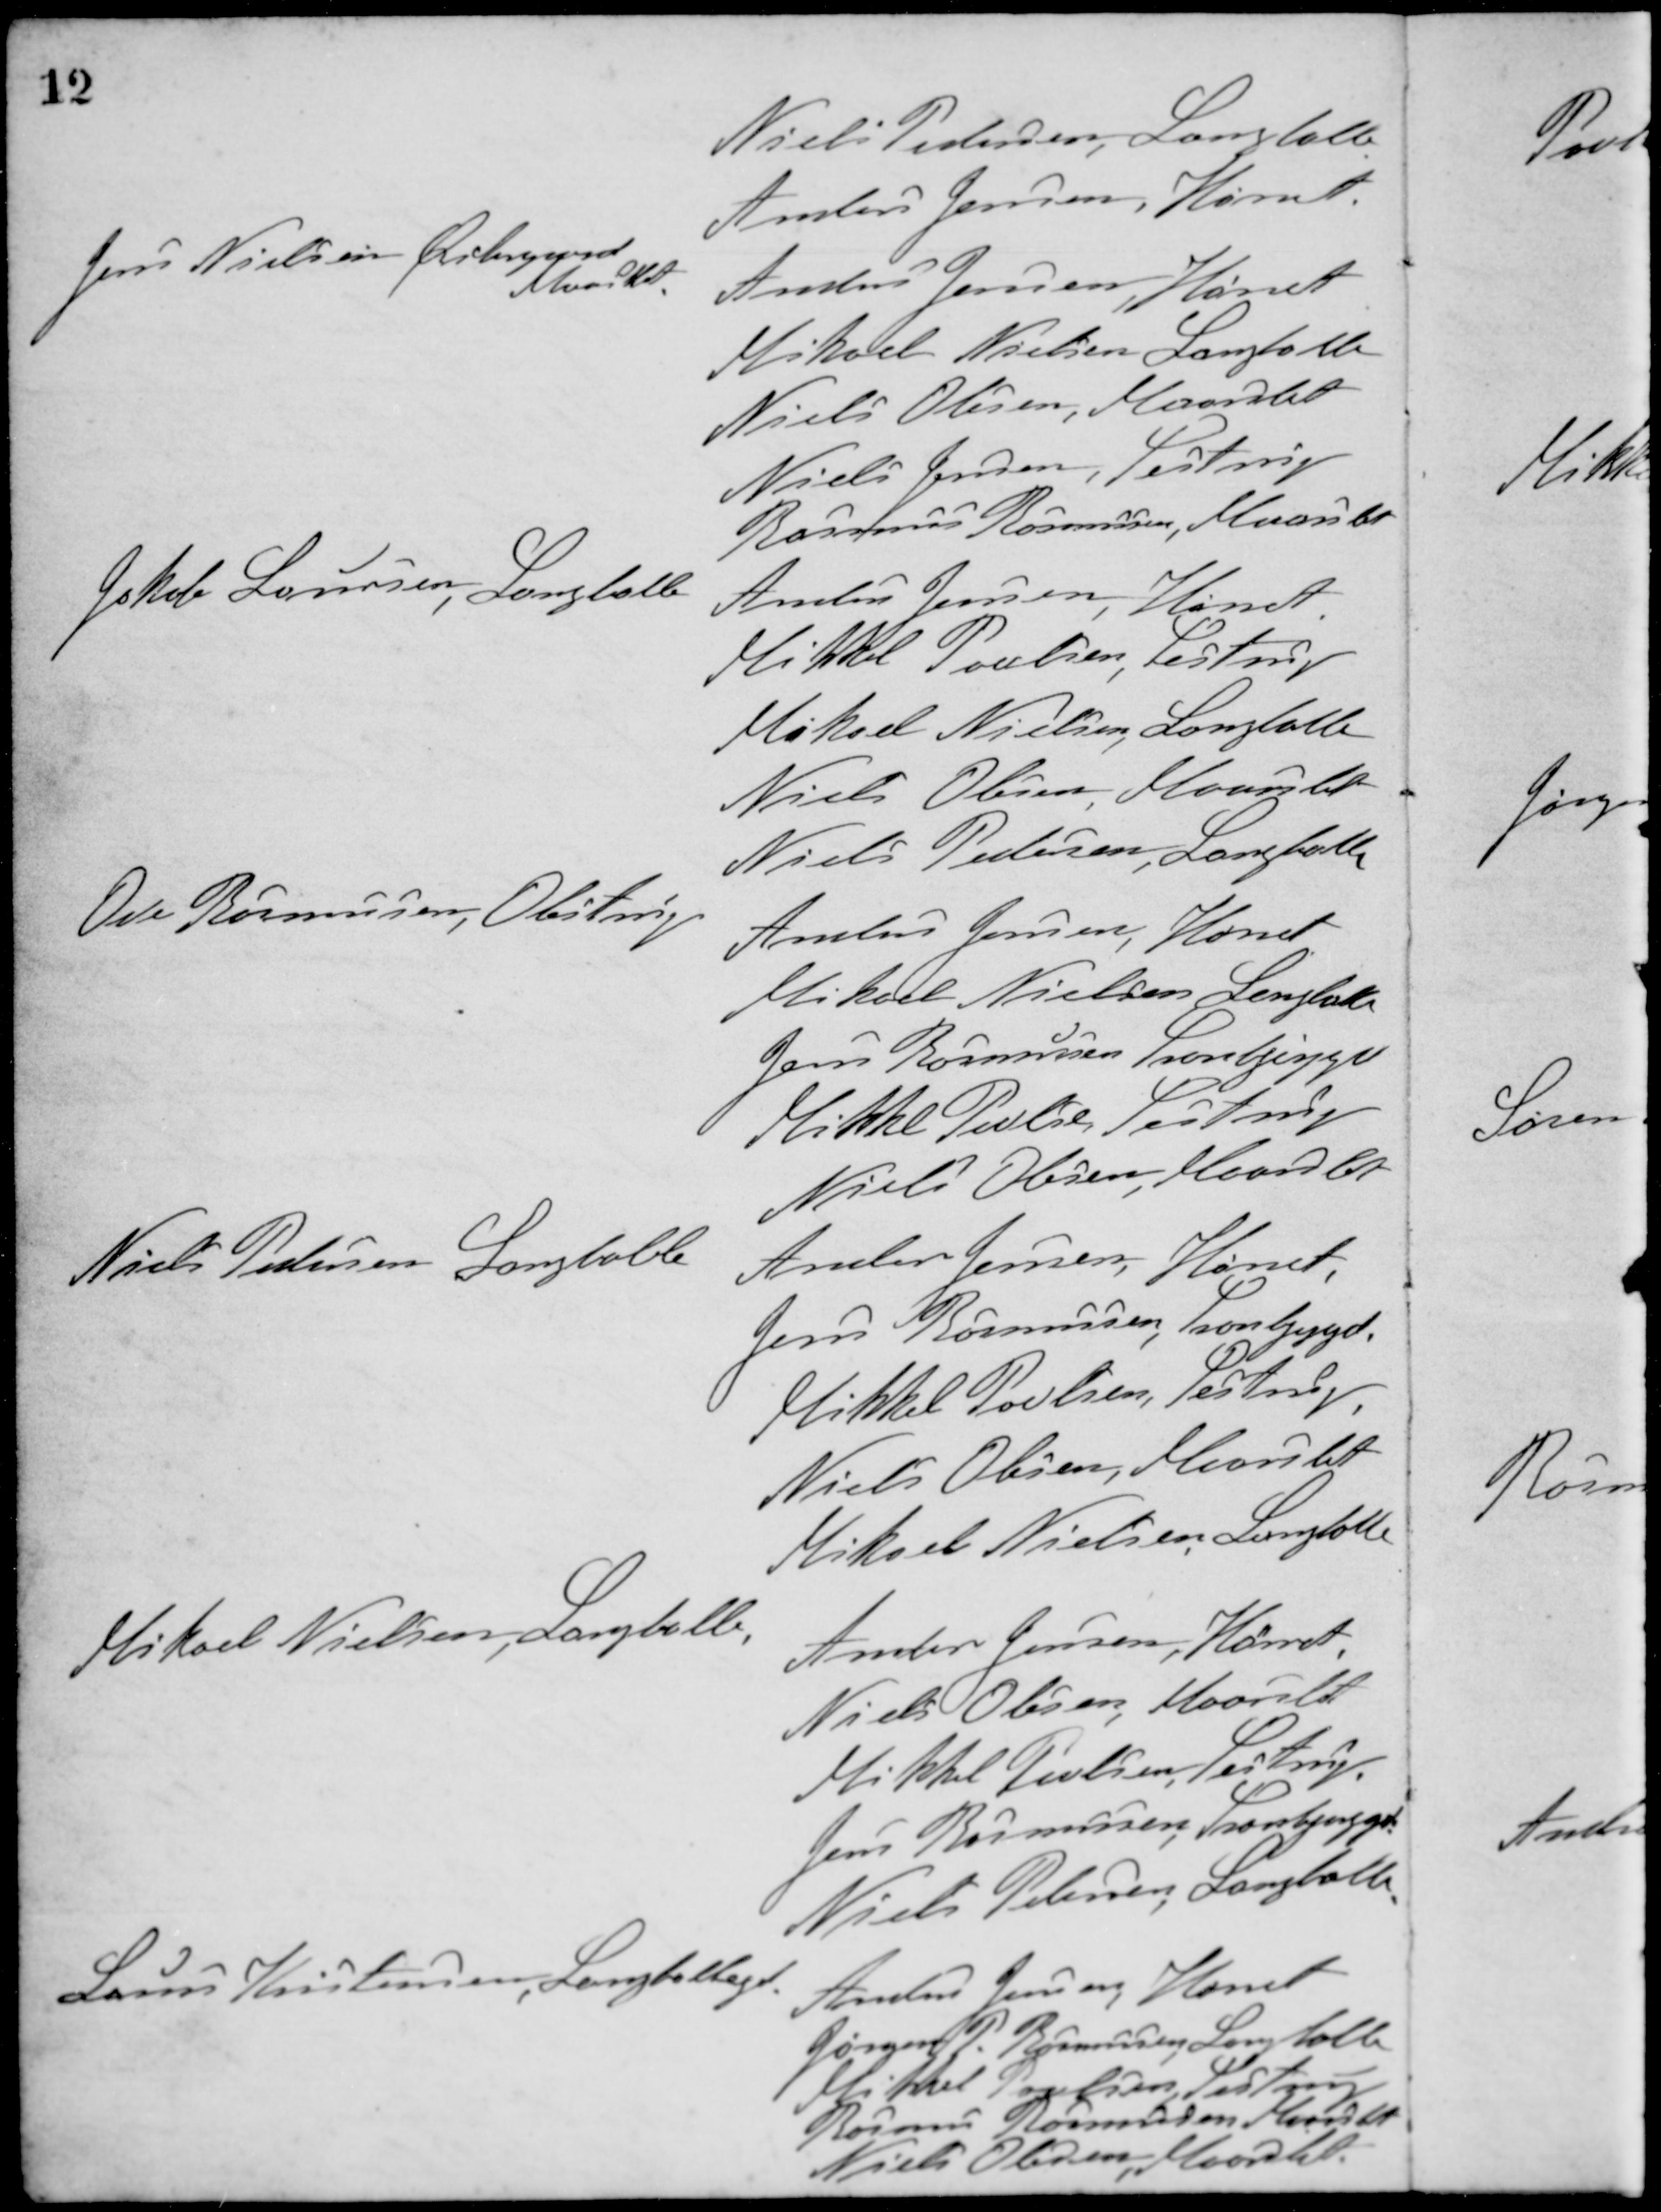
Transskription:
Niels Pedersen, Langballe
Anders Jensen, Hørret
Jens Nielsen Østergaard
Maaslet
Anders Jensen, Hørret
Mikael Nielsen Langballe
Niels Olesen, Maarslet
Niels Jensen, Testrup
Rasmus Rasmussen, Maarslet
Jakob Laursen, Langballe
Anders Jensen, Hørret
Mikkel Poulsen, Testrup
Mikael Nielsen, Langballe
Niels Olesen Maarslet
Niels Pedersen, Langballe
Ove Rasmussen, Obstrup
Anders Jensen, Hørret
Mikael Nielsen Langballe
Jens Rasmussen Tranbjerggd.
Mikkel Poulsen Testrup
Niels Olesen Maarslet
Niels Pedersen Langballe
Anders Jensen, Hørret
Jens Rasmussen, Tranbjerggd.
Mikkel Poulsen, Testrup
Niels Olesen, Maarslet
Mikael Nielsen Langballe
Mikael Nielsen, Langballe,
Anders Jensen, Hørret
Niels Olesen, Maarslet
Mikkel Poulsen, Testrup
Jens Rasmussen Tranbjerggd.
Niels Petersen Langballe
Laurs Kristensen, Langballegd.
Anders Jensen, Hørret
Jørgen P. Rasmussen, Langballe
Mikel Poulsen, Testrup
Rasmus Rasmussen, Hørret
Niels Olesen, Maarslet.